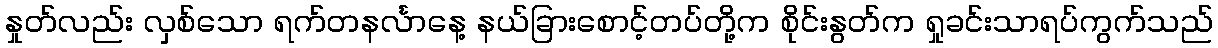
နှုတ်လည်း လှစ်သော ရက်တနင်္လာနေ့ နယ်ခြားစောင့်တပ်တို့က စိုင်းနွတ်က ရှုခင်းသာရပ်ကွက်သည်